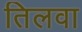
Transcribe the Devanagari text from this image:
तिलवा